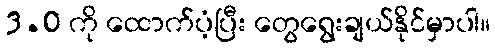
3.0 ကို ထောက်ပံ့ပြီး တွေရွေးချယ်နိုင်မှာပါ။